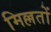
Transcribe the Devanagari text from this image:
मिल्लतों